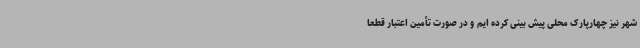
شهر نیز چهارپارک محلی پیش بینی کرده ایم و در صورت تأمین اعتبار قطعاً